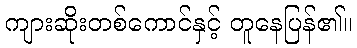
ကျားဆိုးတစ်ကောင်နှင့် တူနေပြန်၏။